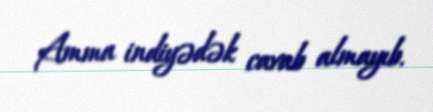
Amma indiyədək cavab almayıb.